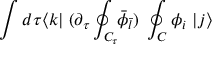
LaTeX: \int d \tau \langle k | \; ( \partial _ { \tau } \oint _ { C _ { \tau } } \! \! { \bar { \phi } } _ { \bar { l } } ) \; \oint _ { C } \phi _ { i } \; | j \rangle